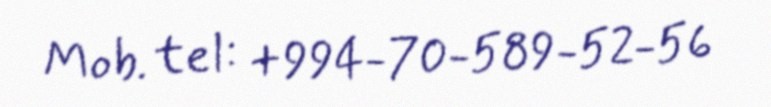
Mob. tel: +994-70-589-52-56